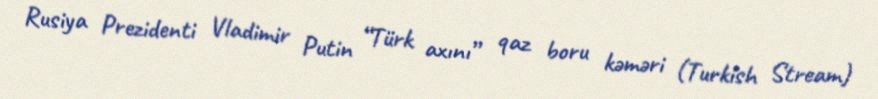
Rusiya Prezidenti Vladimir Putin “Türk axını” qaz boru kəməri (Turkish Stream)